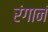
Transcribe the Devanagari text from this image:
रंगानं